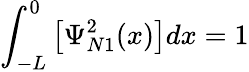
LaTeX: \int_{-L}^{0}{\left[{\Psi_{N1}^{2}(x)}\right]dx=1}